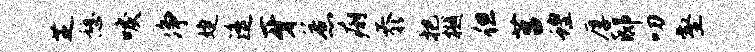
芝憩唳净婕遥牙惹痢忝把樾但莒蝗厚邸叨壑